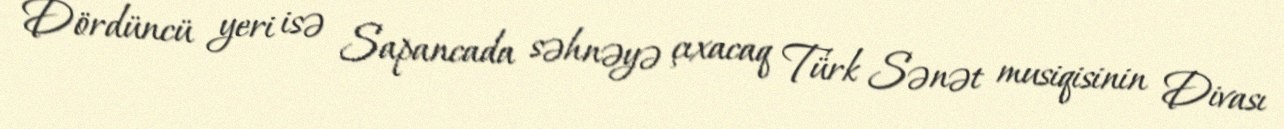
Dördüncü yeri isə Sapancada səhnəyə çıxacaq Türk Sənət musiqisinin Divası